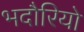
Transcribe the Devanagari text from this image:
भदौरियो